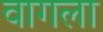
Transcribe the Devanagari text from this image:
वागला